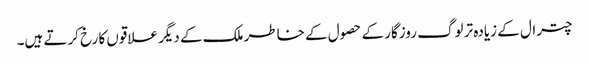
چترال کے زیادہ تر لوگ روزگار کے حصول کے خاطر ملک کے دیگر علاقوں کا رخ کرتے ہیں۔